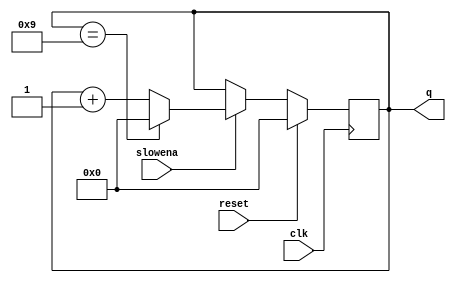
module top_module (
    input clk,
    input slowena,
    input reset,
    output [3:0] q);
    
    always @(posedge clk)begin
        if (reset)	
			q <= 0;
    	else if(slowena) begin
            q <= (q == 4'd9) ? 0 : q+1;
        end
    end
endmodule